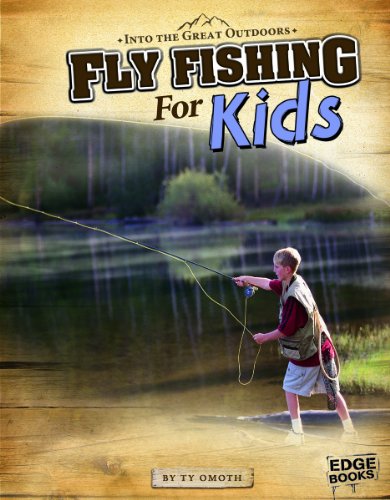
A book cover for Fly Fishing for Kids (Into the Great Outdoors); Tyler Omoth; Children's Books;